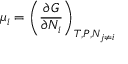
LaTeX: \mu _ { i } = \left( { \frac { \partial G } { \partial N _ { i } } } \right) _ { T , P , N _ { j \neq i } }